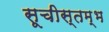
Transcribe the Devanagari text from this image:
सूचीस्तम्भ